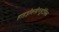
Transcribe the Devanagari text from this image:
हाइड्रॉक्सीग्लुटैमिक